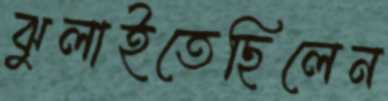
ঝুলাইতেছিলেন